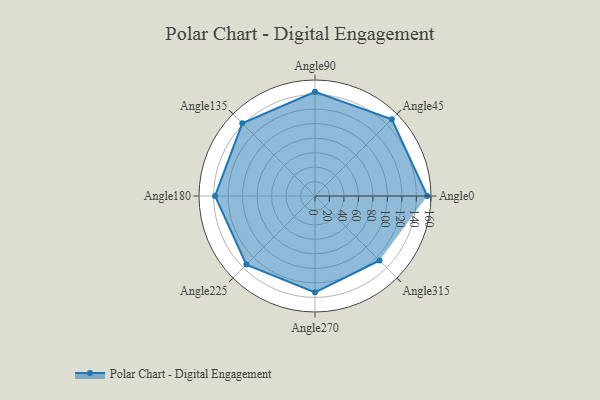
{"axis": {"x": "Angle", "y": "Radius"}, "legend": [""], "data": [{"x": "Angle0", "y": 155.0, "type": ""}, {"x": "Angle45", "y": 150.0, "type": ""}, {"x": "Angle90", "y": 144.0, "type": ""}, {"x": "Angle135", "y": 142.0, "type": ""}, {"x": "Angle180", "y": 138.0, "type": ""}, {"x": "Angle225", "y": 134.0, "type": ""}, {"x": "Angle270", "y": 133.0, "type": ""}, {"x": "Angle315", "y": 126.0, "type": ""}]}